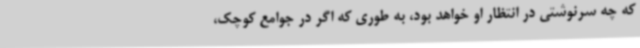
که چه سرنوشتی در انتظار او خواهد بود، به طوری که اگر در جوامع کوچک،